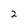
Character: 2